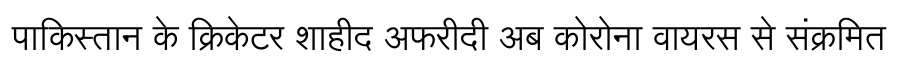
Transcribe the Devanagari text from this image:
पाकिस्तान के क्रिकेटर शाहीद अफरीदी अब कोरोना वायरस से संक्रमित